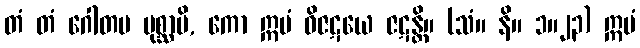
တံ တံ ဂေါတမ ပုစ္ဆာမိ, ကော ဣမံ ဝိဇဋယေ ဇဋန္တိ။ (သံ။ နိ။ ၁။၂၃) ဣမံ